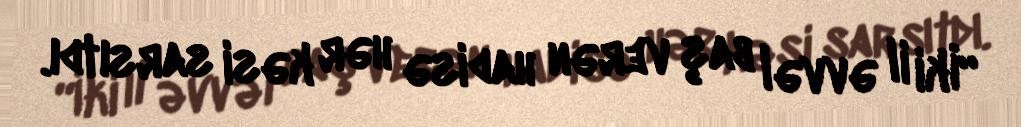
“İki il əvvəl baş verən hadisə hər kəsi sarsıtdı.